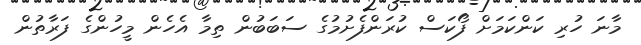
މާނަ ހުރި ކަންކަމަށް ފޯކަސް ކުރަންފެށުމުގެ ސަބަބުން ތިމާ އެހެން މީހުންގެ ފަރާތުން